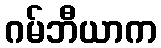
ဂမ်ဘီယာက